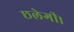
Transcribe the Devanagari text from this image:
छलेगी।